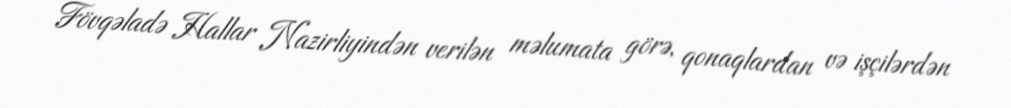
Fövqəladə Hallar Nazirliyindən verilən məlumata görə, qonaqlardan və işçilərdən